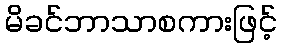
မိခင်ဘာသာစကားဖြင့်